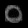
Digit: ၀